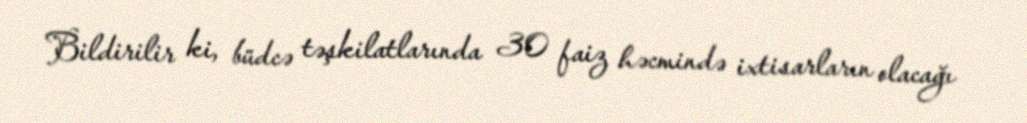
Bildirilir ki, büdcə təşkilatlarında 30 faiz həcmində ixtisarların olacağı